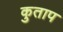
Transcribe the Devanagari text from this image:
कुताप